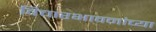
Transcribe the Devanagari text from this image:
विचारभावनांच्या